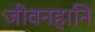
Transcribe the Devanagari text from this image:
जीवनहानि